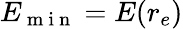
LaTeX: E_{\mathrm{~m~i~n~}}=E(r_{e})